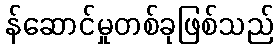
န်ဆောင်မှုတစ်ခုဖြစ်သည်